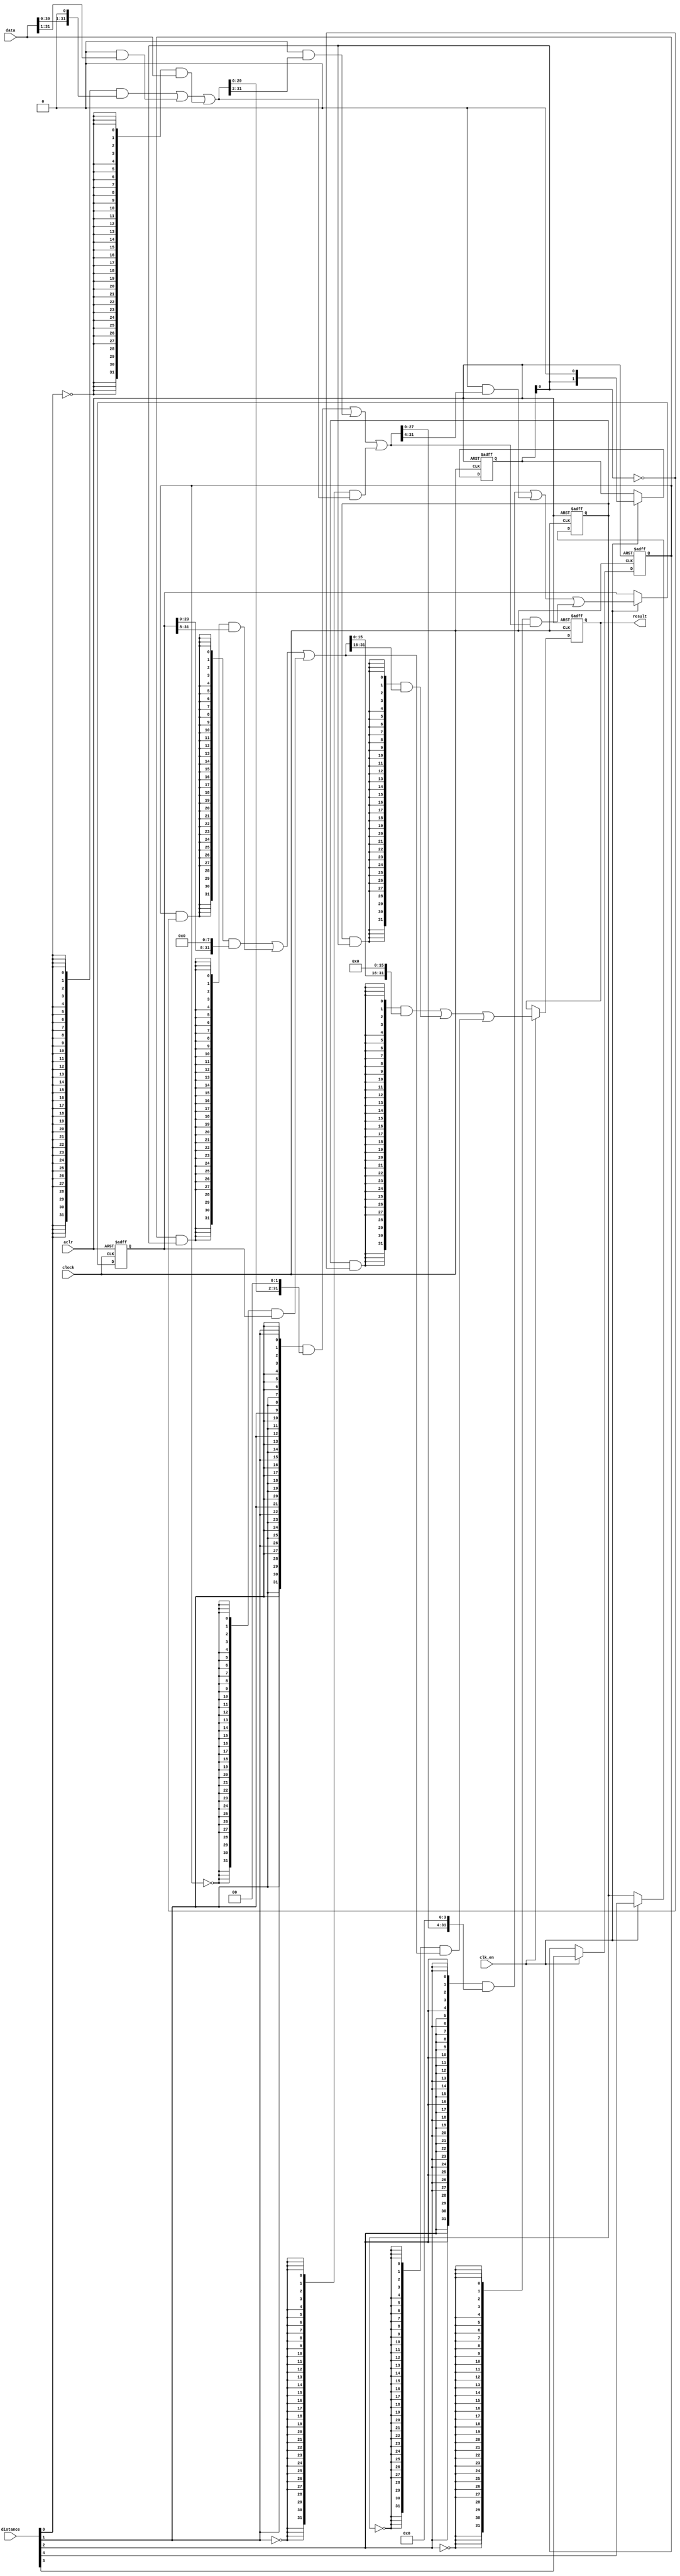
module  fp_convert_altbarrel_shift_fof
	(
	aclr,
	clk_en,
	clock,
	data,
	distance,
	result) ;
	input   aclr;
	input   clk_en;
	input   clock;
	input   [31:0]  data;
	input   [4:0]  distance;
	output   [31:0]  result;
`ifndef ALTERA_RESERVED_QIS
// synopsys translate_off
`endif
	tri0   aclr;
	tri1   clk_en;
	tri0   clock;
`ifndef ALTERA_RESERVED_QIS
// synopsys translate_on
`endif
	reg	[1:0]	dir_pipe;
	reg	[31:0]	sbit_piper1d;
	reg	[31:0]	sbit_piper2d;
	reg	sel_pipec3r1d;
	reg	sel_pipec4r1d;
	wire  [5:0]  dir_w;
	wire  direction_w;
	wire  [15:0]  pad_w;
	wire  [191:0]  sbit_w;
	wire  [4:0]  sel_w;
	wire  [159:0]  smux_w;
	// synopsys translate_off
	initial
		dir_pipe = 0;
	// synopsys translate_on
	always @ ( posedge clock or  posedge aclr)
		if (aclr == 1'b1) dir_pipe <= 2'b0;
		else if  (clk_en == 1'b1)   dir_pipe <= {dir_w[4], dir_w[2]};
	// synopsys translate_off
	initial
		sbit_piper1d = 0;
	// synopsys translate_on
	always @ ( posedge clock or  posedge aclr)
		if (aclr == 1'b1) sbit_piper1d <= 32'b0;
		else if  (clk_en == 1'b1)   sbit_piper1d <= smux_w[95:64];
	// synopsys translate_off
	initial
		sbit_piper2d = 0;
	// synopsys translate_on
	always @ ( posedge clock or  posedge aclr)
		if (aclr == 1'b1) sbit_piper2d <= 32'b0;
		else if  (clk_en == 1'b1)   sbit_piper2d <= smux_w[159:128];
	// synopsys translate_off
	initial
		sel_pipec3r1d = 0;
	// synopsys translate_on
	always @ ( posedge clock or  posedge aclr)
		if (aclr == 1'b1) sel_pipec3r1d <= 1'b0;
		else if  (clk_en == 1'b1)   sel_pipec3r1d <= distance[3];
	// synopsys translate_off
	initial
		sel_pipec4r1d = 0;
	// synopsys translate_on
	always @ ( posedge clock or  posedge aclr)
		if (aclr == 1'b1) sel_pipec4r1d <= 1'b0;
		else if  (clk_en == 1'b1)   sel_pipec4r1d <= distance[4];
	assign
		dir_w = {dir_pipe[1], dir_w[3], dir_pipe[0], dir_w[1:0], direction_w},
		direction_w = 1'b0,
		pad_w = {16{1'b0}},
		result = sbit_w[191:160],
		sbit_w = {sbit_piper2d, smux_w[127:96], sbit_piper1d, smux_w[63:0], data},
		sel_w = {sel_pipec4r1d, sel_pipec3r1d, distance[2:0]},
		smux_w = {((({32{(sel_w[4] & (~ dir_w[4]))}} & {sbit_w[143:128], pad_w[15:0]}) | ({32{(sel_w[4] & dir_w[4])}} & {pad_w[15:0], sbit_w[159:144]})) | ({32{(~ sel_w[4])}} & sbit_w[159:128])), ((({32{(sel_w[3] & (~ dir_w[3]))}} & {sbit_w[119:96], pad_w[7:0]}) | ({32{(sel_w[3] & dir_w[3])}} & {pad_w[7:0], sbit_w[127:104]})) | ({32{(~ sel_w[3])}} & sbit_w[127:96])), ((({32{(sel_w[2] & (~ dir_w[2]))}} & {sbit_w[91:64], pad_w[3:0]}) | ({32{(sel_w[2] & dir_w[2])}} & {pad_w[3:0], sbit_w[95:68]})) | ({32{(~ sel_w[2])}} & sbit_w[95:64])), ((({32{(sel_w[1] & (~ dir_w[1]))}} & {sbit_w[61:32], pad_w[1:0]}) | ({32{(sel_w[1] & dir_w[1])}} & {pad_w[1:0], sbit_w[63:34]})) | ({32{(~ sel_w[1])}} & sbit_w[63:32])), ((({32{(sel_w[0] & (~ dir_w[0]))}} & {sbit_w[30:0], pad_w[0]}) | ({32{(sel_w[0] & dir_w[0])}} & {pad_w[0], sbit_w[31:1]})) | ({32{(~ sel_w[0])}} & sbit_w[31:0]))};
endmodule